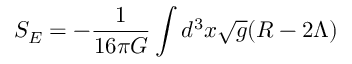
S _ { E } = - \frac { 1 } { 1 6 \pi G } \int d ^ { 3 } x \sqrt { g } ( R - 2 \Lambda )